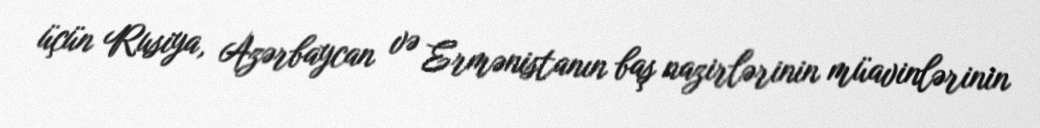
üçün Rusiya, Azərbaycan və Ermənistanın baş nazirlərinin müavinlərinin